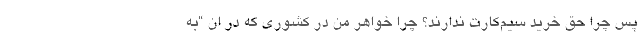
پس چرا حق خرید سیم‌کارت ندارند؟ چرا خواهر من در کشوری که در ان “به